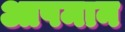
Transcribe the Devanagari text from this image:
आपमान